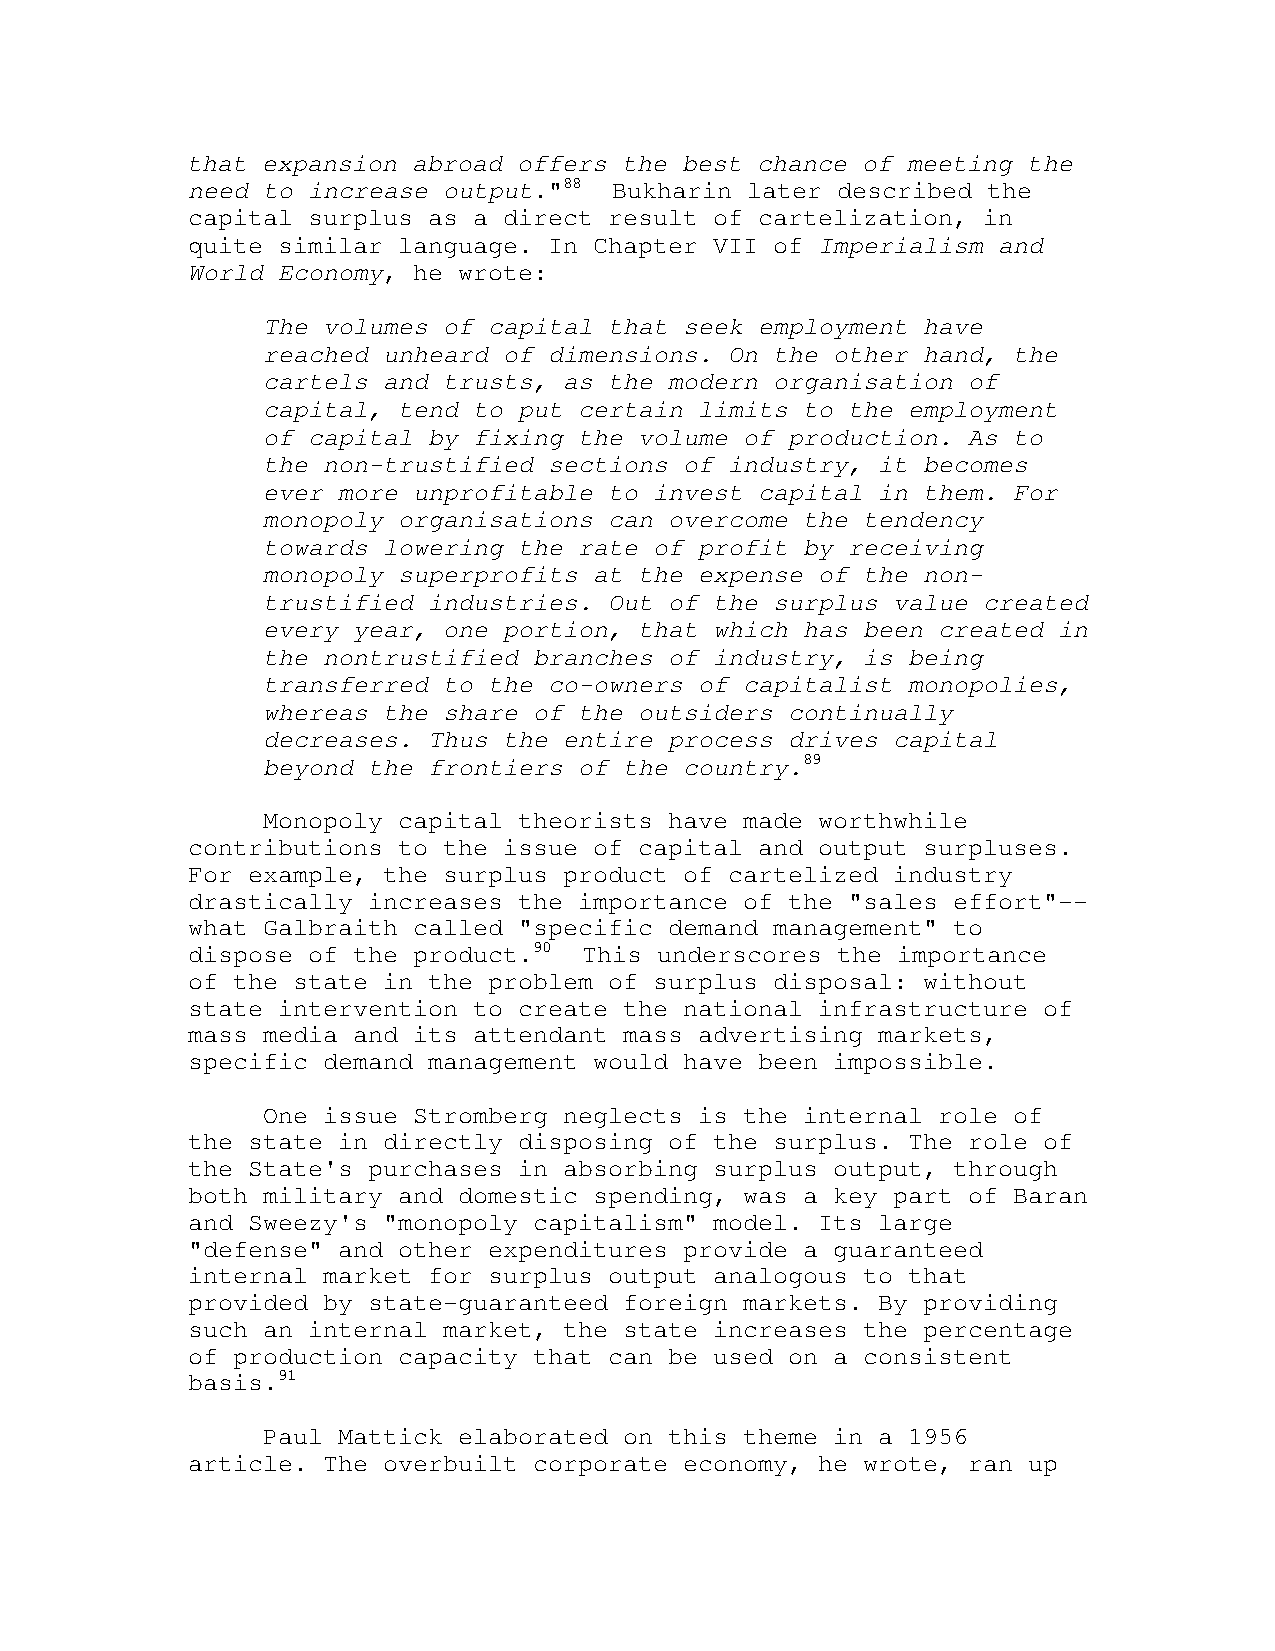
that expansion abroad offers the best chance of meeting the
 need to increase output."88  Bukharin later described the
 capital surplus as a direct result of cartelization, in
 quite similar language. In Chapter VII of Imperialism and
 World Economy, he wrote:
 The volumes of capital that seek employment have
 reached unheard of dimensions. On the other hand, the
 cartels and trusts, as the modern organisation of
 capital, tend to put certain limits to the employment
 of capital by fixing the volume of production. As to
 the non-trustified sections of industry, it becomes
 ever more unprofitable to invest capital in them. For
 monopoly organisations can overcome the tendency
 towards lowering the rate of profit by receiving
 monopoly superprofits at the expense of the non-
 trustified industries. Out of the surplus value created
 every year, one portion, that which has been created in
 the nontrustified branches of industry, is being
 transferred to the co-owners of capitalist monopolies,
 whereas the share of the outsiders continually
 decreases. Thus the entire process drives capital
 beyond the frontiers of the country.89
 Monopoly capital theorists have made worthwhile
 contributions to the issue of capital and output surpluses.
 For example, the surplus product of cartelized industry
 drastically increases the importance of the "sales effort"--
 what Galbraith called "specific demand management" to
 dispose of the product.90  This underscores the importance
 of the state in the problem of surplus disposal: without
 state intervention to create the national infrastructure of
 mass media and its attendant mass advertising markets,
 specific demand management would have been impossible.
 One issue Stromberg neglects is the internal role of
 the state in directly disposing of the surplus. The role of
 the State's purchases in absorbing surplus output, through
 both military and domestic spending, was a key part of Baran
 and Sweezy's "monopoly capitalism" model. Its large
 "defense" and other expenditures provide a guaranteed
 internal market for surplus output analogous to that
 provided by state-guaranteed foreign markets. By providing
 such an internal market, the state increases the percentage
 of production capacity that can be used on a consistent
 basis.91
 Paul Mattick elaborated on this theme in a 1956
 article. The overbuilt corporate economy, he wrote, ran up